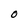
Character: O